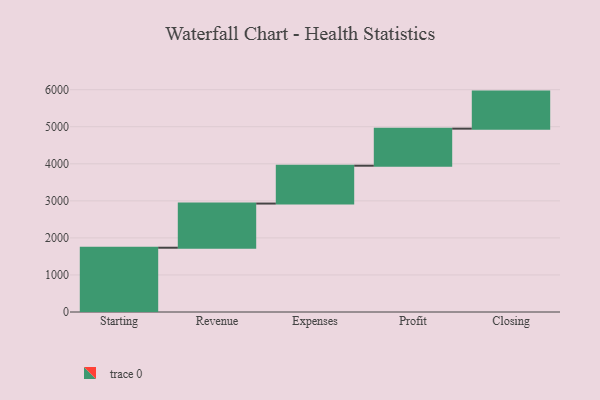
{"axis": {"x": "Step", "y": "Value"}, "legend": [""], "data": [{"x": "Starting", "y": 1735.0, "type": ""}, {"x": "Revenue", "y": 1192.0, "type": ""}, {"x": "Expenses", "y": 1022.0, "type": ""}, {"x": "Profit", "y": 1000, "type": ""}, {"x": "Closing", "y": 1000, "type": ""}]}